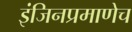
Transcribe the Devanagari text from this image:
इंजिनप्रमाणेच